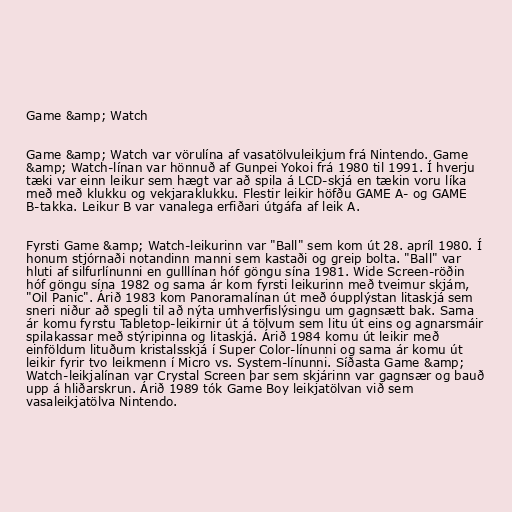
Game &amp; Watch

Game &amp; Watch var vörulína af vasatölvuleikjum frá Nintendo. Game
&amp; Watch-línan var hönnuð af Gunpei Yokoi frá 1980 til 1991. Í hverju
tæki var einn leikur sem hægt var að spila á LCD-skjá en tækin voru líka
með með klukku og vekjaraklukku. Flestir leikir höfðu GAME A- og GAME
B-takka. Leikur B var vanalega erfiðari útgáfa af leik A.

Fyrsti Game &amp; Watch-leikurinn var "Ball" sem kom út 28. apríl 1980. Í
honum stjórnaði notandinn manni sem kastaði og greip bolta. "Ball" var
hluti af silfurlínunni en gulllínan hóf göngu sína 1981. Wide Screen-röðin
hóf göngu sína 1982 og sama ár kom fyrsti leikurinn með tveimur skjám,
"Oil Panic". Árið 1983 kom Panoramalínan út með óupplýstan litaskjá sem
sneri niður að spegli til að nýta umhverfislýsingu um gagnsætt bak. Sama
ár komu fyrstu Tabletop-leikirnir út á tölvum sem litu út eins og agnarsmáir
spilakassar með stýripinna og litaskjá. Árið 1984 komu út leikir með
einföldum lituðum kristalsskjá í Super Color-línunni og sama ár komu út
leikir fyrir tvo leikmenn í Micro vs. System-línunni. Síðasta Game &amp;
Watch-leikjalínan var Crystal Screen þar sem skjárinn var gagnsær og bauð
upp á hliðarskrun. Árið 1989 tók Game Boy leikjatölvan við sem
vasaleikjatölva Nintendo.